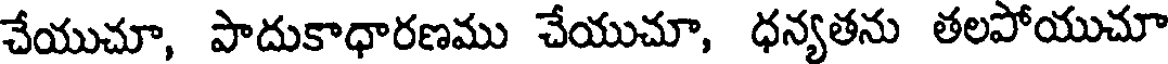
చేయుచూ, పాదుకాధారణము చేయుచూ, ధన్యతను తలపోయుచూ